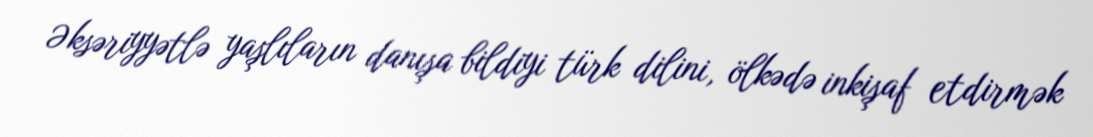
Əksəriyyətlə yaşlıların danışa bildiyi türk dilini, ölkədə inkişaf etdirmək